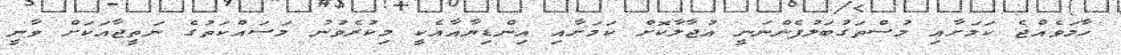
ހާމަވެއްޖެ ކަމަށާއި މުސްތަގުބަލުފެންނަނީ އުޖާލާކޮށް ކަމަށާއި އިންޑިޔާއާއެކީ މިކުރެވުނު މަސައްކަތުގެ ނަތީޖާއަކަށް ވާނީ